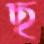
ছ